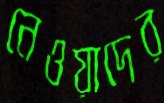
নেওয়াদের